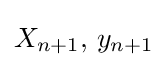
X_{n+1},\,y_{n+1}